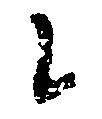
に